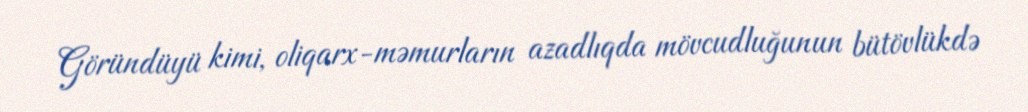
Göründüyü kimi, oliqarx-məmurların azadlıqda mövcudluğunun bütövlükdə